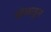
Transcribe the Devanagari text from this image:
खेळाडून